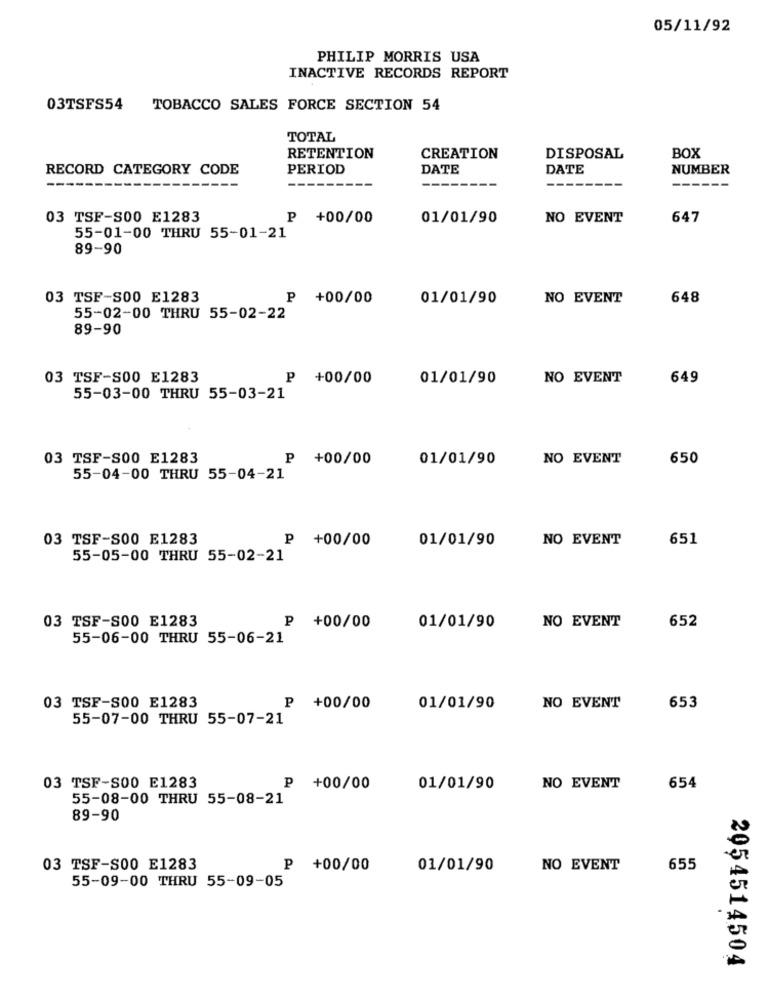
05/11/92
PHILIP MORRIS USA
INACTIVE RECORDS REPORT
03TSFS54
TOBACCO SALES FORCE SECTION 54
TOTAL
RETENTION
CREATION
DISPOSAL
BOX
RECORD CATEGORY CODE
PERIOD
DATE
DATE
NUMBER
------------
---
--------
------
03 TSF-S00 E1283
₽ +00/00
01/01/90
NO EVENT
647
55-01-00 THRU 55-01-21
89-90
03 TSF-S00 E1283
P +00/00
01/01/90
NO EVENT
648
55-02-00 THRU 55-02-22
89-90
03 TSF-S00 E1283
P +00/00
01/01/90
NO EVENT
649
55-03-00 THRU 55-03-21
03 TSF-S00 E1283
P +00/00
01/01/90
NO EVENT
650
55-04-00 THRU 55-04-21
03 TSF-S00 E1283
P +00/00
01/01/90
NO EVENT
651
55-05-00 THRU 55-02-21
NO EVENT
652
03 TSF-S00 E1283
P +00/00
01/01/90
55-06-00 THRU 55-06-21
03 TSF-S00 E1283
P +00/00
01/01/90
NO EVENT
653
55-07-00 THRU 55-07-21
03 TSF-S00 E1283
P +00/00
01/01/90
NO EVENT
654
55-08-00 THRU 55-08-21
89-90
03 TSF-S00 E1283
P +00/00
01/01/90
NO EVENT
655
55-09-00 THRU 55-09-05
2054514504